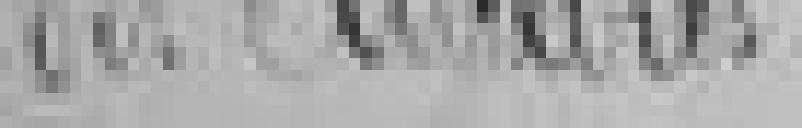
des ancêtres